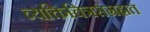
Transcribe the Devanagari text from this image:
व्यक्तिचित्रसंग्रहात